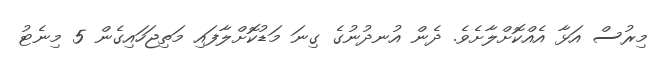
މިރުސް އަޅާ އެއްކޮށްލާށެވެ. ދެން އުނދުނުގެ ގިނަ މަޑުކޮށްލާފައި މަތިޖަހައިގެން 5 މިނެޓު